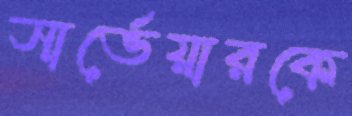
সার্ভেয়ারকে